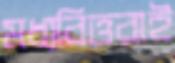
মধ্যবিত্তরাই